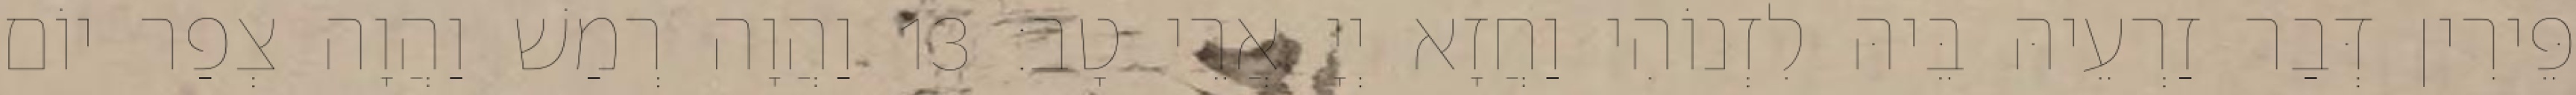
פֵּירִין דְּבַר זַרְעֵיהּ בֵּיהּ לִזְנוֹהִי וַחֲזָא יְיָ אֲרֵי טָב׃ 13 וַהֲוָה רְמַשׁ וַהֲוָה צְפַר יוֹם